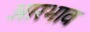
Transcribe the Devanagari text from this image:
आरभाव